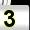
Digit: 3